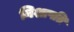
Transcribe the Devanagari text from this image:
निशापति